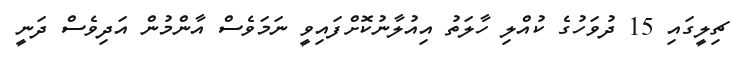
ޗިލީގައި 15 ދުވަހުގެ ކުއްލި ހާލަތު އިއުލާނުކޮށްފައިވީ ނަމަވެސް އާންމުން އަދިވެސް ދަނީ